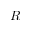
R